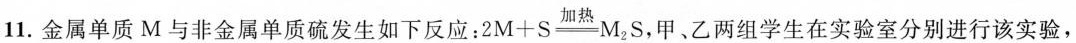
11.金属单质M与非金属单质硫发生如下反应：$$2 M + S \xlongequal [ ] { 加 热 } M _ { 2 } S$$，甲、乙两组学生在实验室分别进行该实验，